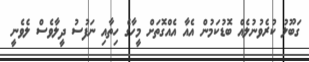
ގަބޫލު ކުރެވުނުލެއް ބޮޑުކަމުން އެއާ އެއްގޮތަށް މީހާގެ ހިތާއި ނަފުސު ދީލާވެސް ލެވެނީ